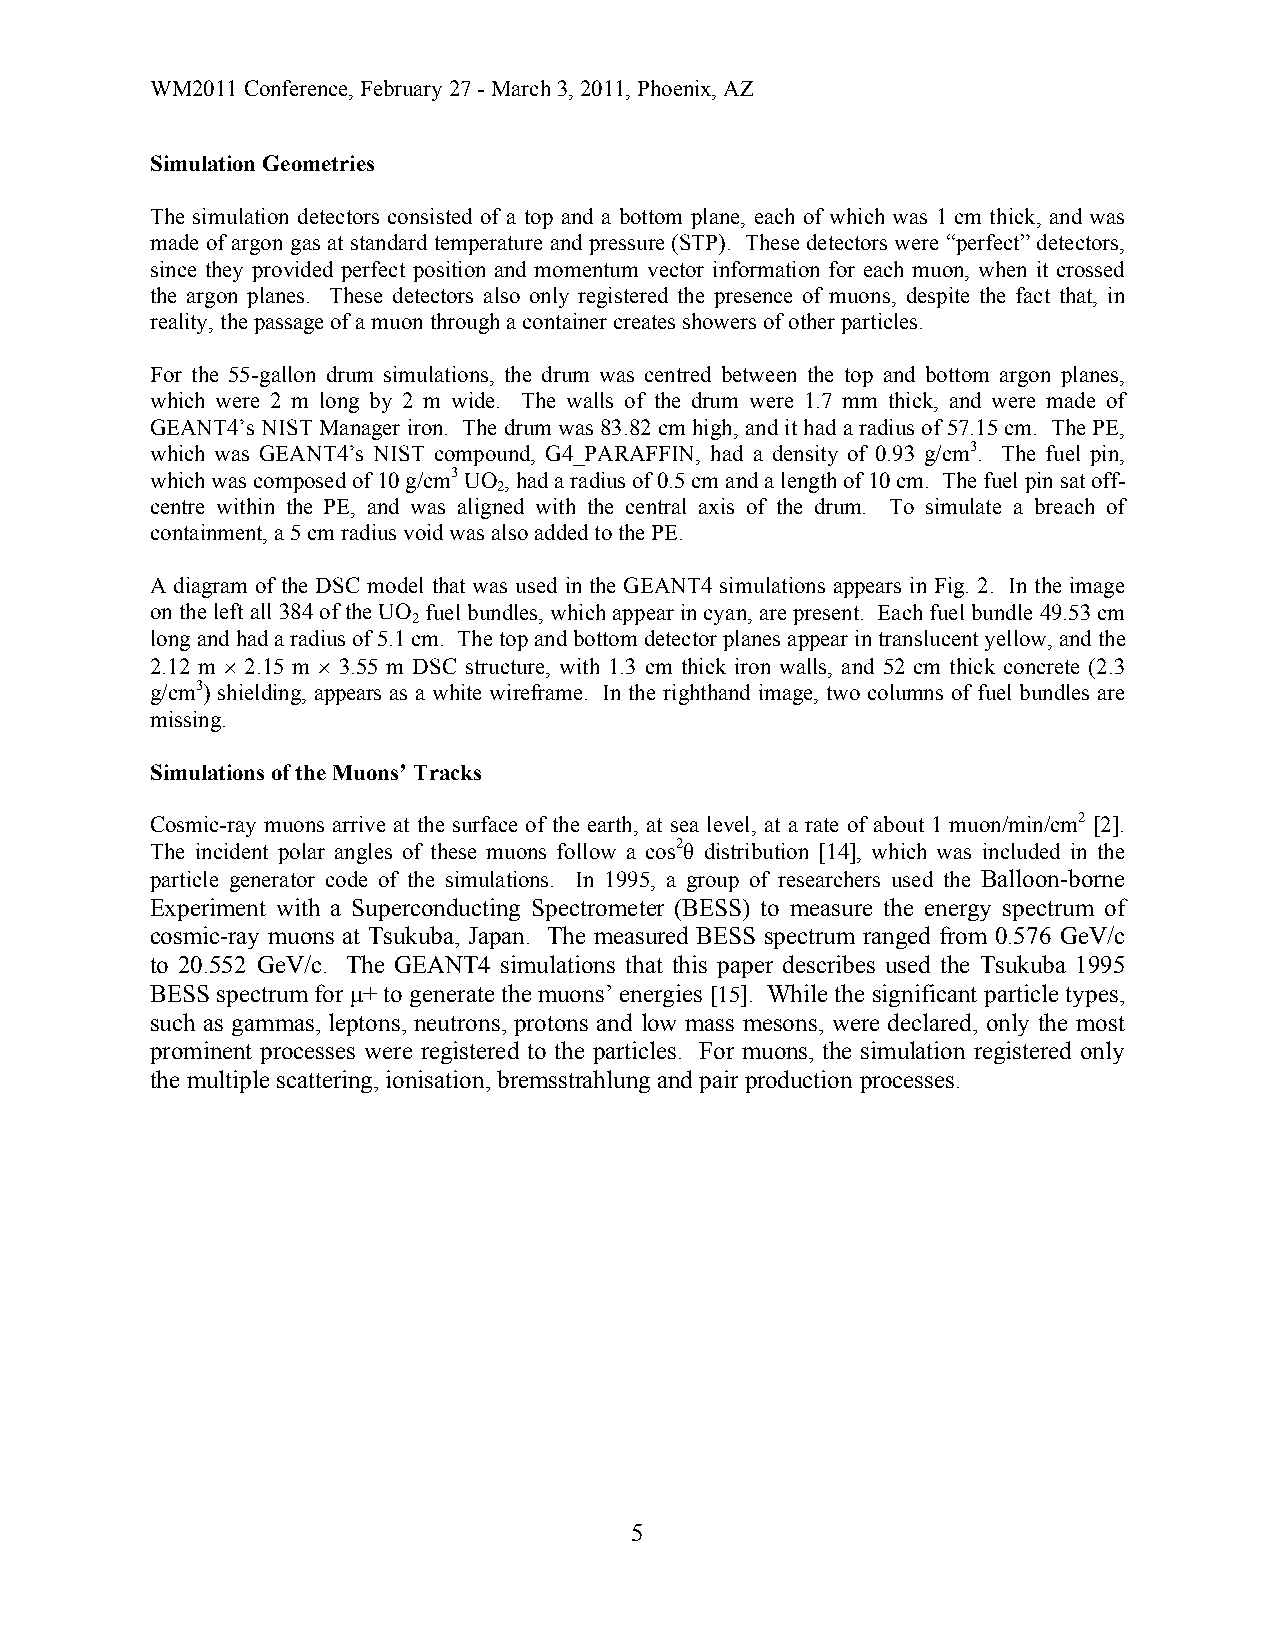
WM2011 Conference, February 27 - March 3, 2011, Phoenix, AZ
 Simulation Geometries
 The simulation detectors consisted of a top and a bottom plane, each of which was 1 cm thick, and was
 made of argon gas at standard temperature and pressure (STP). These detectors were “perfect” detectors,
 since they provided perfect position and momentum vector information for each muon, when it crossed
 the argon planes. These detectors also only registered the presence of muons, despite the fact that, in
 reality, the passage of a muon through a container creates showers of other particles.
 For the 55-gallon drum simulations, the drum was centred between the top and bottom argon planes,
 which were 2 m long by 2 m wide. The walls of the drum were 1.7 mm thick, and were made of
 GEANT4’s NIST Manager iron. The drum was 83.82 cm high, and it had a radius of 57.15 cm. The PE,
 which was GEANT4’s NIST compound, G4_PARAFFIN, had a density of 0.93 g/cm3. The fuel pin,
 which was composed of 10 g/cm3 UO , had a radius of 0.5 cm and a length of 10 cm. The fuel pin sat off-
 2
 centre within the PE, and was aligned with the central axis of the drum. To simulate a breach of
 containment, a 5 cm radius void was also added to the PE.
 A diagram of the DSC model that was used in the GEANT4 simulations appears in Fig. 2. In the image
 on the left all 384 of the UO fuel bundles, which appear in cyan, are present. Each fuel bundle 49.53 cm
 2
 long and had a radius of 5.1 cm. The top and bottom detector planes appear in translucent yellow, and the
 2.12 m × 2.15 m × 3.55 m DSC structure, with 1.3 cm thick iron walls, and 52 cm thick concrete (2.3
 g/cm3) shielding, appears as a white wireframe. In the righthand image, two columns of fuel bundles are
 missing.
 Simulations of the Muons’ Tracks
 Cosmic-ray muons arrive at the surface of the earth, at sea level, at a rate of about 1 muon/min/cm2 [2].
 The incident polar angles of these muons follow a cos2θ distribution [14], which was included in the
 particle generator code of the simulations. In 1995, a group of researchers used the Balloon-borne
 Experiment with a Superconducting Spectrometer (BESS) to measure the energy spectrum of
 cosmic-ray muons at Tsukuba, Japan. The measured BESS spectrum ranged from 0.576 GeV/c
 to 20.552 GeV/c. The GEANT4 simulations that this paper describes used the Tsukuba 1995
 BESS spectrum for μ+ to generate the muons’ energies [15]. While the significant particle types,
 such as gammas, leptons, neutrons, protons and low mass mesons, were declared, only the most
 prominent processes were registered to the particles. For muons, the simulation registered only
 the multiple scattering, ionisation, bremsstrahlung and pair production processes.
 5